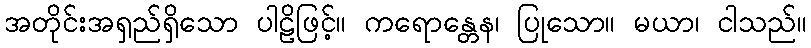
အတိုင်းအရှည်ရှိသော ပါဠိဖြင့်။ ကရောန္တေန၊ ပြုသော။ မယာ၊ ငါသည်။